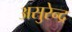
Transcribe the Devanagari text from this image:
असुरेन्द्र